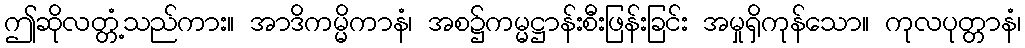
ဤဆိုလတ္တံ့သည်ကား။ အာဒိကမ္မိကာနံ၊ အစ၌ကမ္မဋ္ဌာန်းစီးဖြန်းခြင်း အမှုရှိကုန်သော။ ကုလပုတ္တာနံ၊